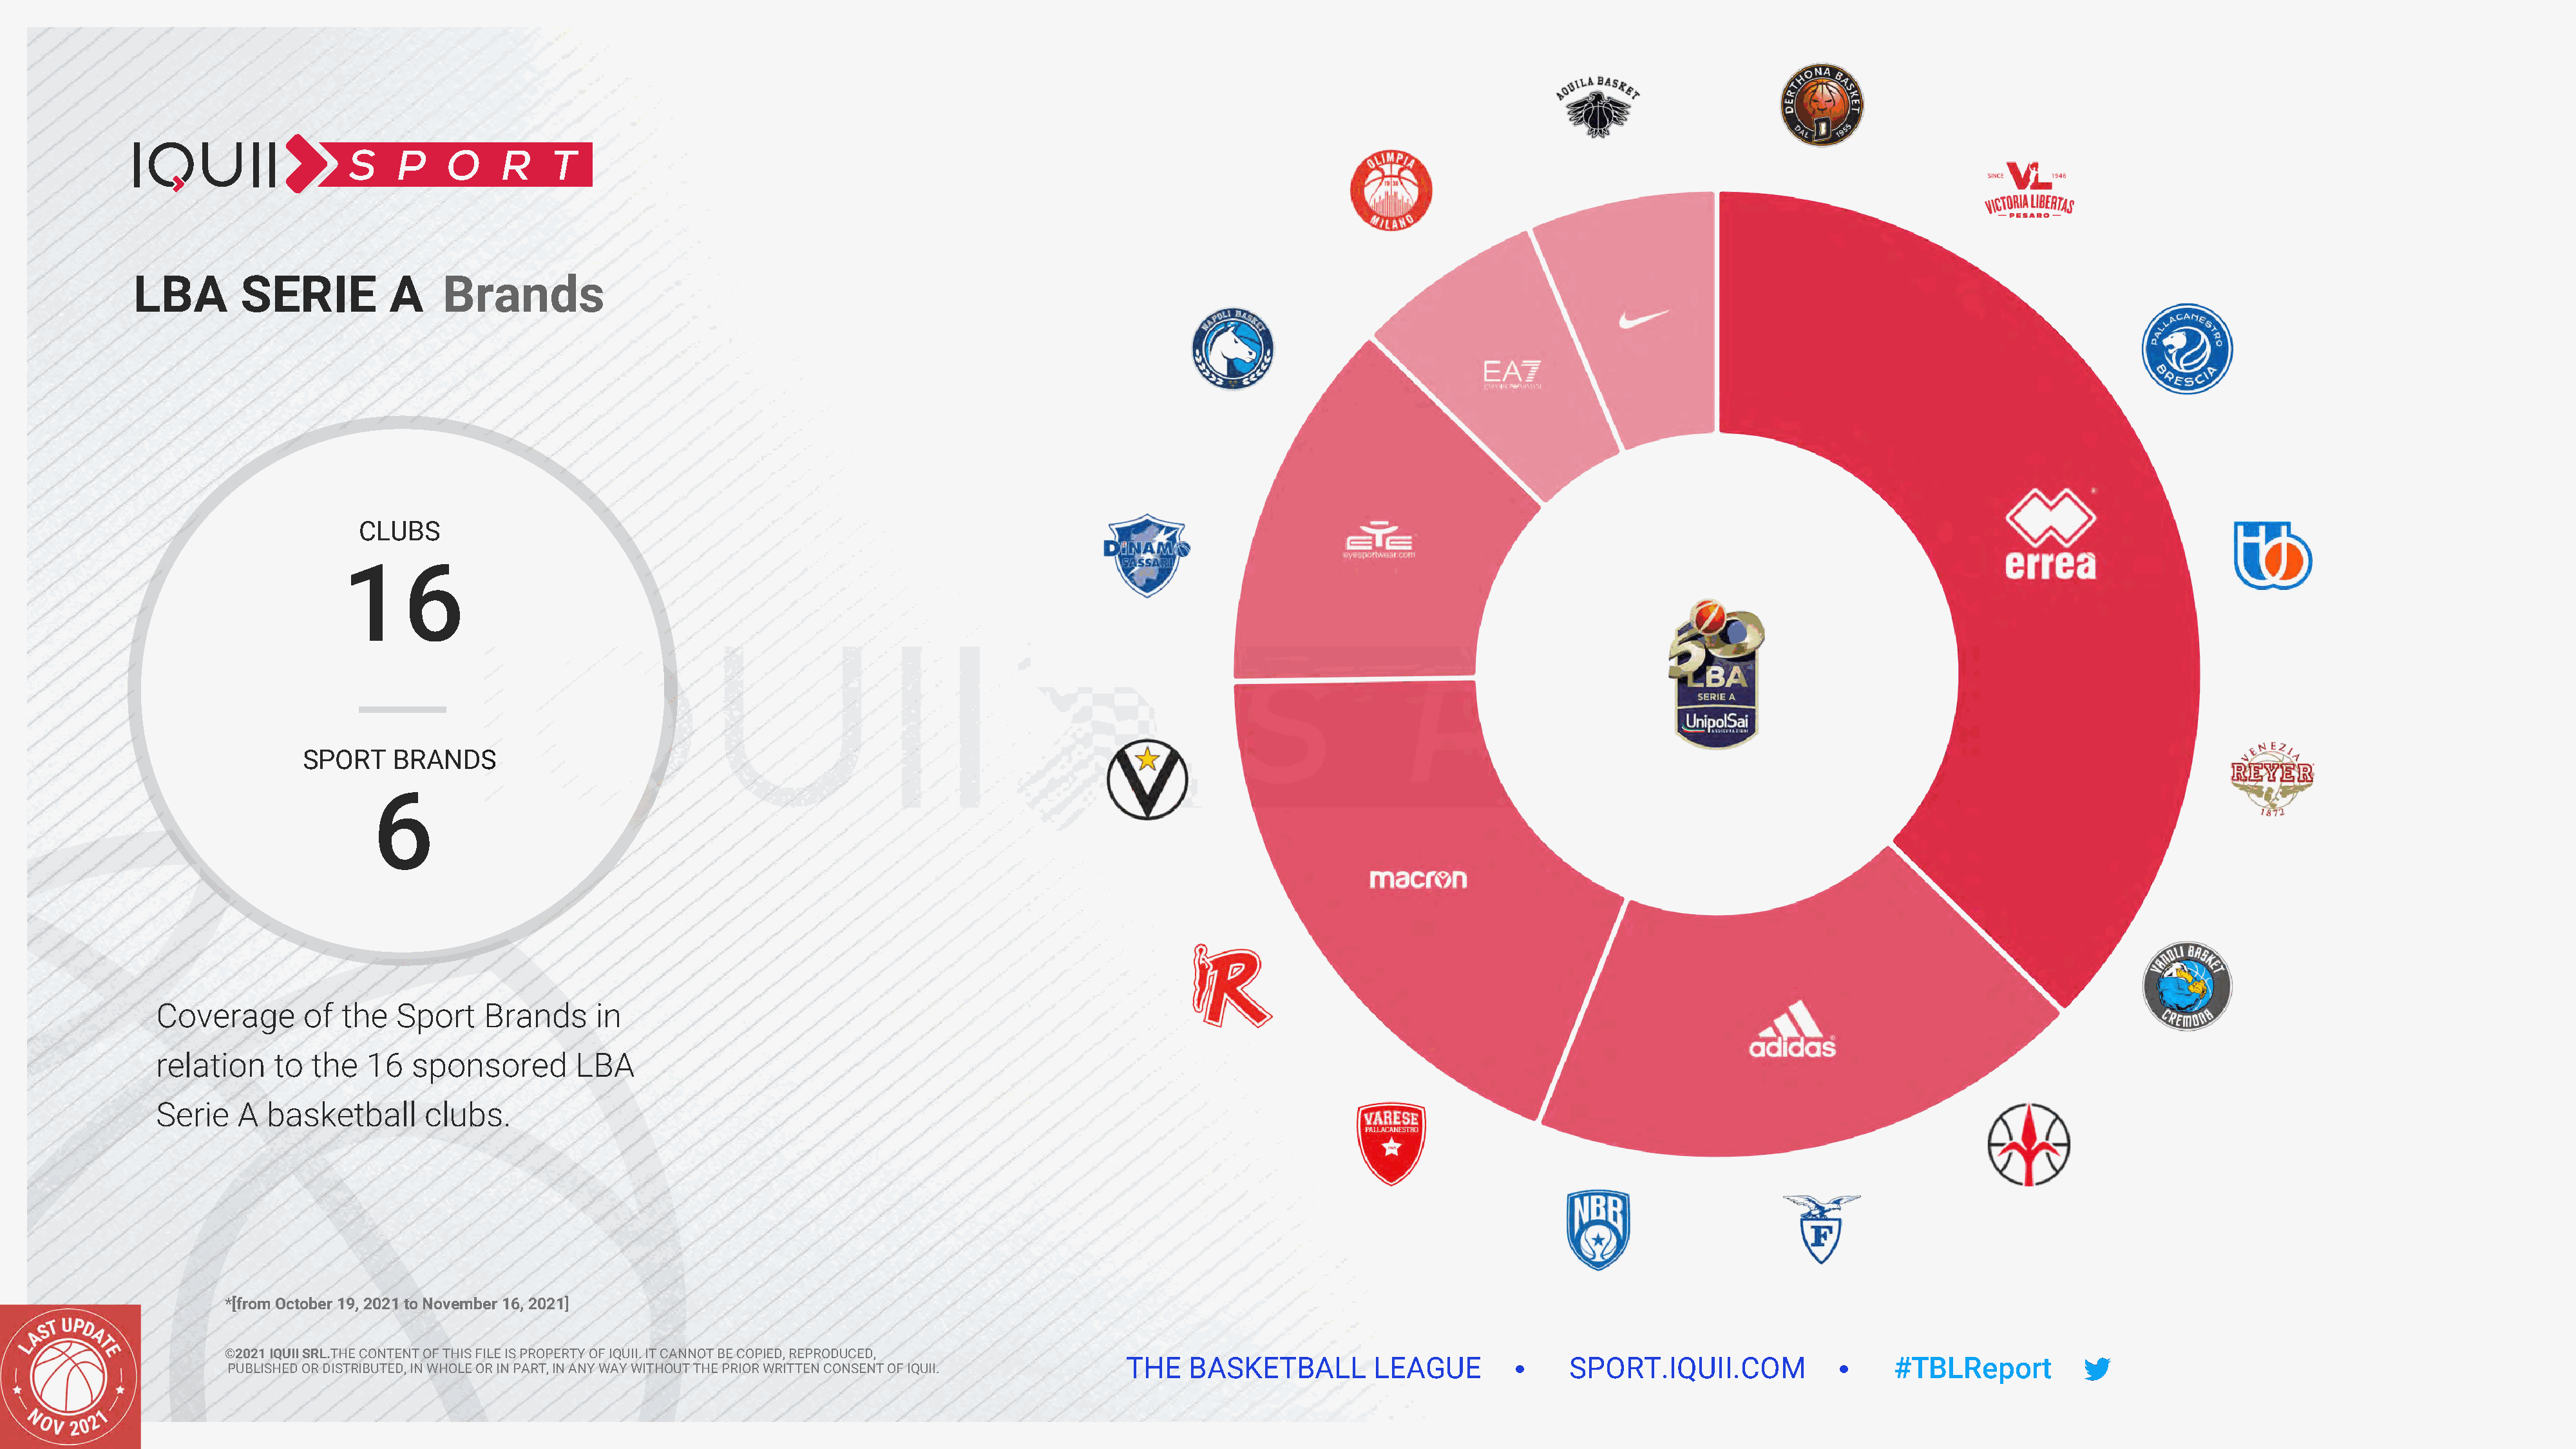
LBA        SERIE          A    Brands
 CLUBS
 16
 SPORT    BRANDS
 6
 Coverage       of  the   Sport    Brands     in
 relation    to  the   16  sponsored        LBA
 Serie   A  basketball       clubs.
 *[from October 19, 2021 to November 16, 2021]
 ©2021 IQUII SRL.THE CONTENT OF THIS FILE IS PROPERTY OF IQUII. IT CANNOT BE COPIED, REPRODUCED,
 THE   BASKETBALL         LEAGUE              SPORT.IQUII.COM                   #TBLReport
 PUBLISHED OR DISTRIBUTED, IN WHOLE OR IN PART, IN ANY WAY WITHOUT THE PRIOR WRITTEN CONSENT OF IQUII.